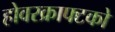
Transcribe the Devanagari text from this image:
होवरक्राफ्टको